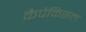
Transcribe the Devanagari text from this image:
कैपेकिसल